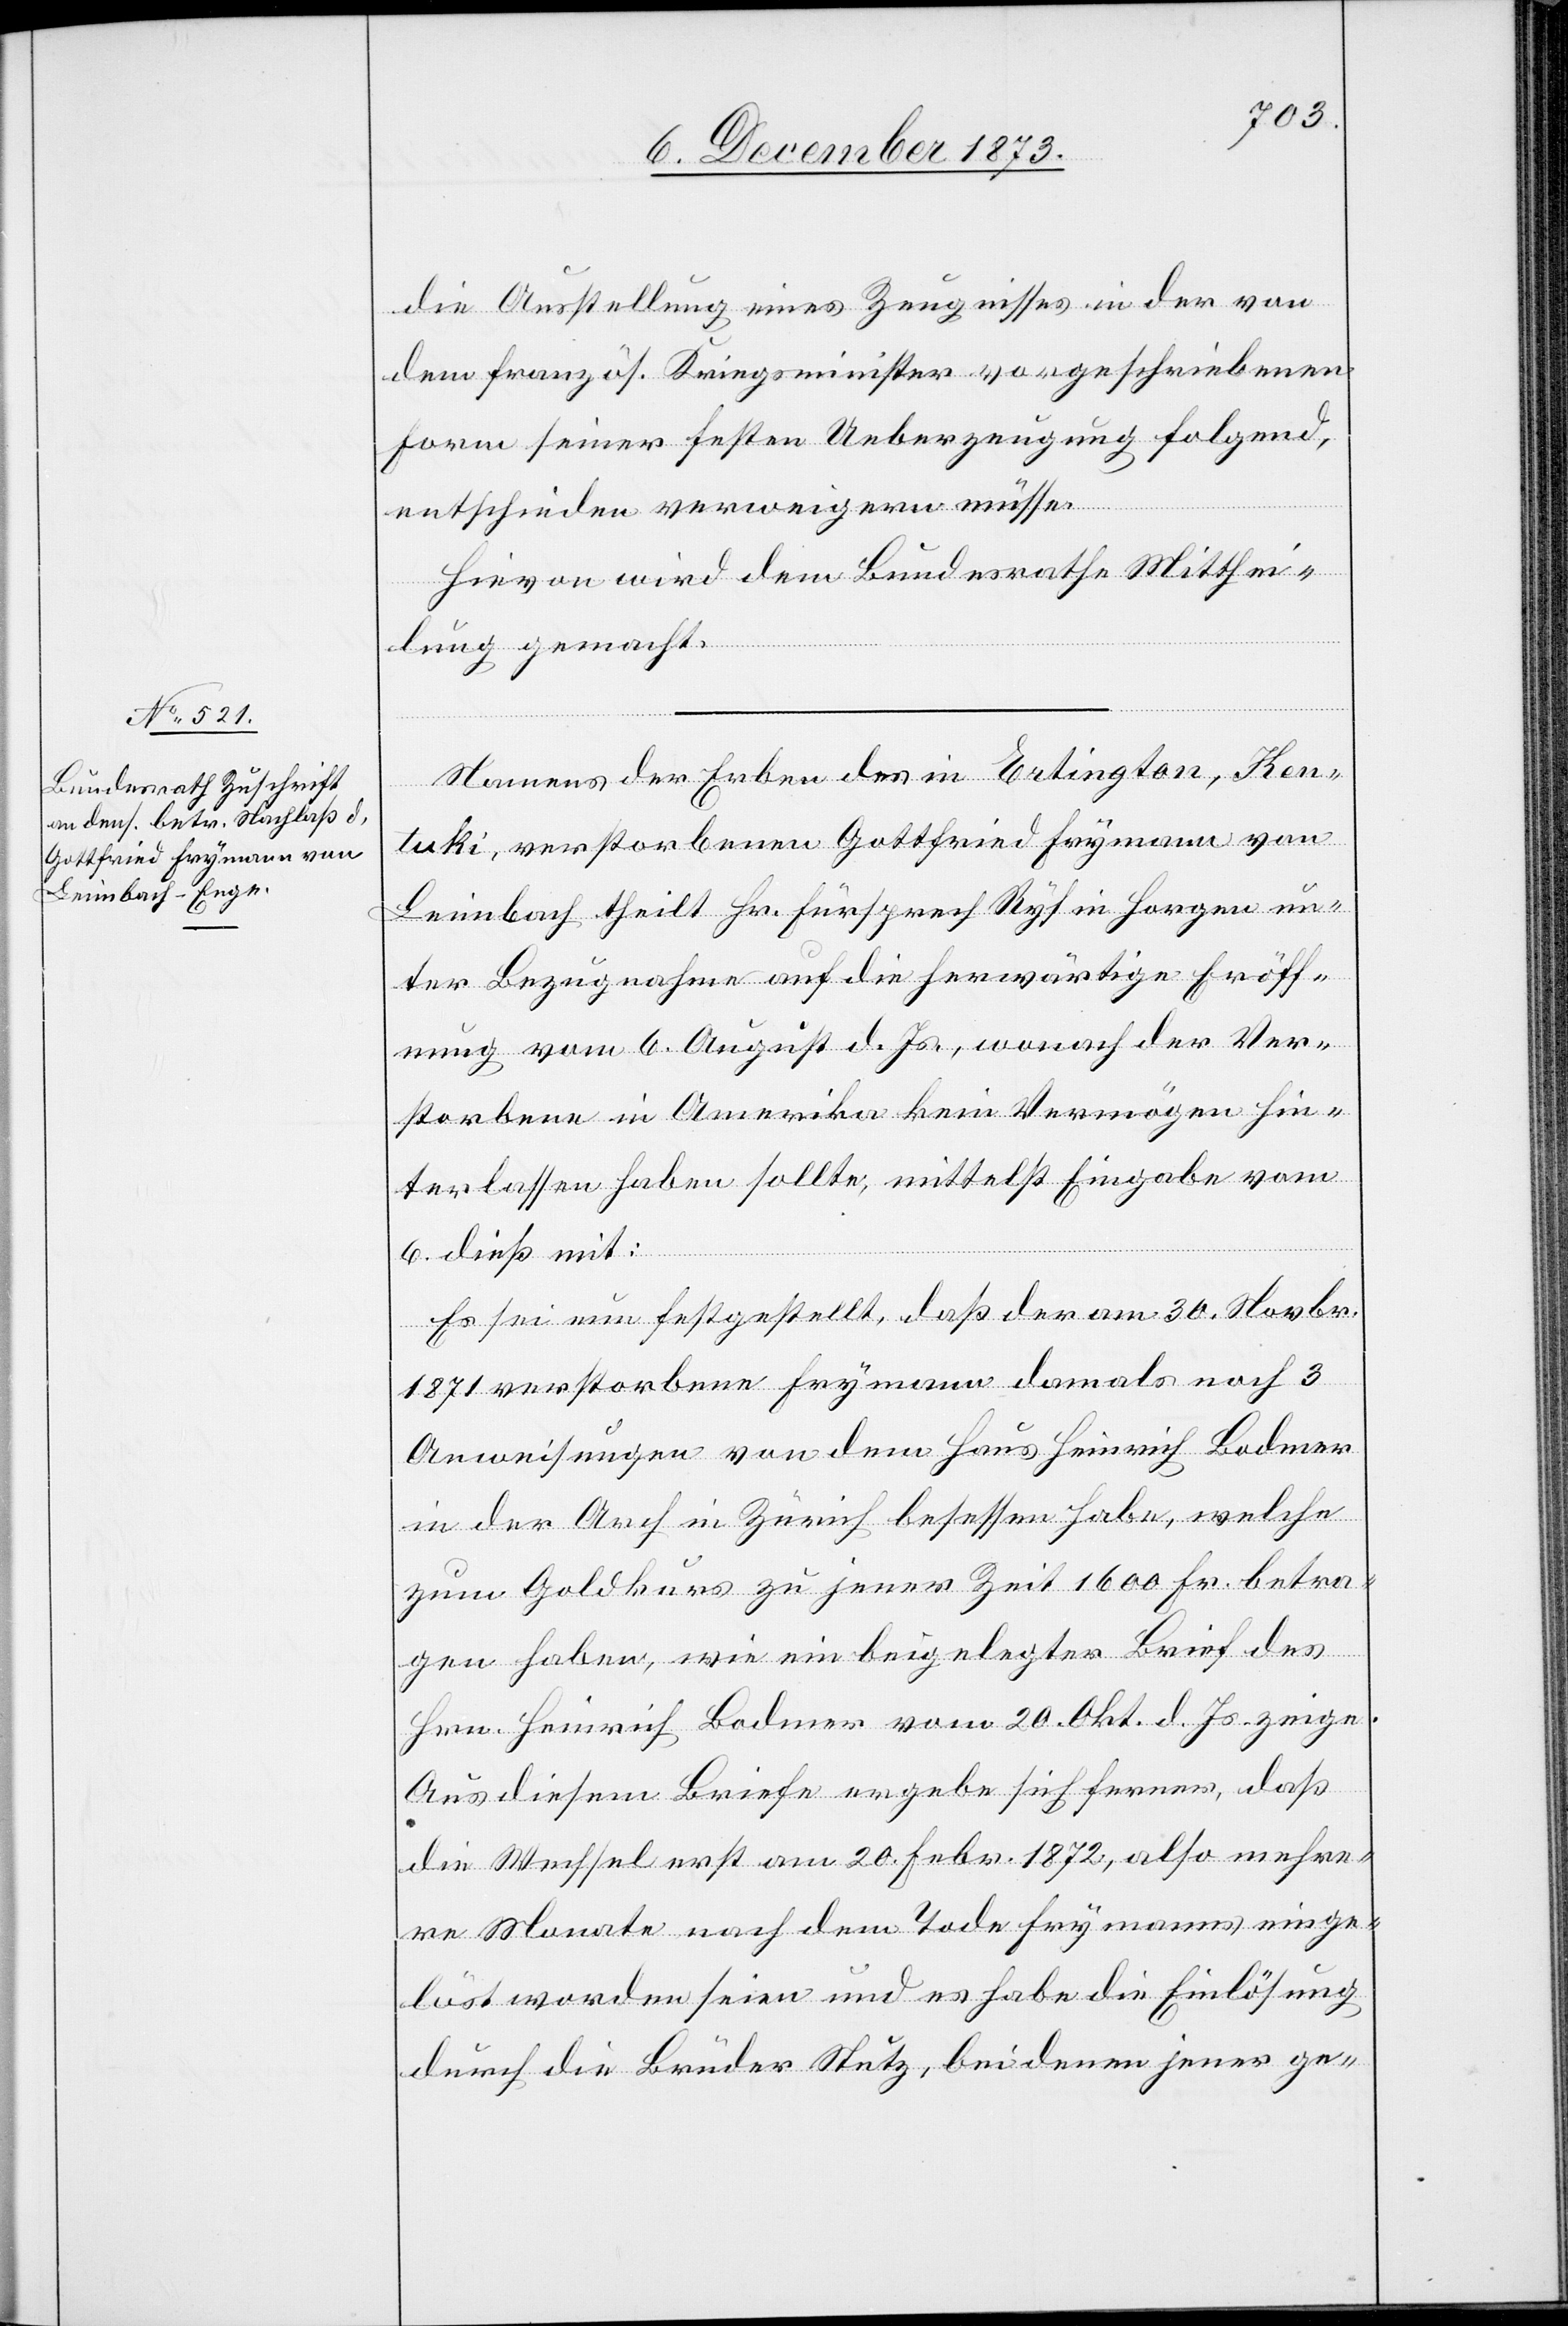
8. December 1873.]
die Ausstellung eines Zeugnisses in der von
dem französ. Kriegsminister vorgeschriebenen
Form seiner festen Ueberzeugung folgend,
entschieden verweigern müsse.
Hievon wird dem Bundesrathe Mitthei¬
lung gemacht.
Namens der Erben des in Ertington, Ken¬
tuki, verstorbenen Gottfried Frymann von
Leimbach theilt Hr. Fürsprech Ryf in Horgen un¬
ter Bezugnahme auf die herwärtige Eröff¬
nung vom 6. August d. Js., wonach der Ver¬
storbene in Amerika kein Vermögen hin¬
terlassen haben sollte, mittelst Eingabe vom
6. dieß mit:
Es sei nun festgestellt, daß der am 30. Novbr.
1871 verstorbene Frymann damals noch 3
Anweisungen von dem Haus Heinrich Bodmer
in der Arch in Zürich besessen habe, welche
zum Goldkurs zu jener Zeit 1 600 Fr. betra¬
gen haben, wie ein beigelegter Brief des
Hrn. Heinrich Bodmer vom 20. Okt. d. Js. zeige.
Aus diesem Briefe ergebe sich ferner, daß
die Wechsel erst am 20. Febr. 1872, also mehre¬
re Monate nach dem Tode Frymanns einge¬
löst worden seien und es habe die Einlösung
durch die Brüder Stutz, bei denen jener ge-